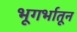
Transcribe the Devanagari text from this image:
भूगर्भातून